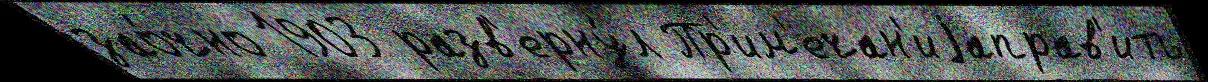
зао́чно 1903 разв'ерну́л Пр'им'ечан'иjаправ'ить